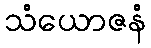
သံယောဇနံ